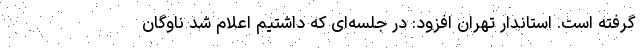
گرفته است. استاندار تهران افزود: در جلسه‌ای که داشتیم اعلام شد ناوگان